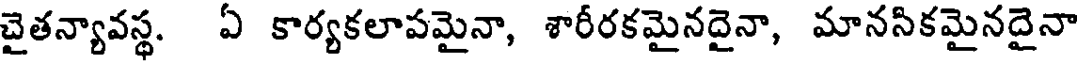
చైతన్యావస్థ. ఏ కార్యకలాపమైనా, శారీరకమైనదైనా, మానసికమైనదైనా